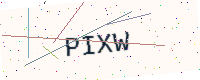
Text: PIXW